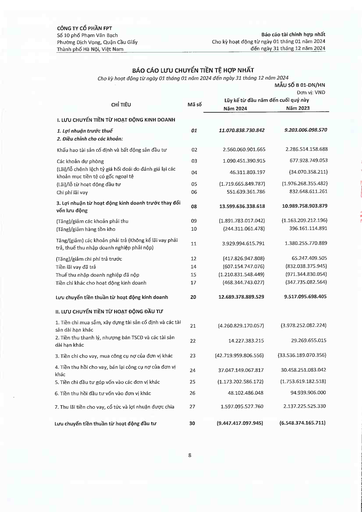
|CHỈ TIÊU|Mã số|Lũy kế từ đầu năm đến Năm 2024|Đơn vị: VND cuối quý này Năm 2023| |---|---|---|---| |I. LƯU CHUYỂN TIỀN TỪ HOẠT ĐỘNG KINH DOANH|||| |1. Lợi nhuận trước thuế|01|11.070.838.730.842|9.203.006.098.570| |2. Điều chỉnh cho các khoản:|||| |Khấu hao tài sản cố định và bất động sản đầu tư|02|2.560.060.901.665|2.286.514.158.688| |Các khoản dự phòng|03|1.090.451.390.915|677.928.749.053| |(Lãi)/lỗ chênh lệch tỷ giá hối đoái do đánh giá lại các khoản mục tiền tệ có gốc ngoại tệ|04|46.311.803.197|-34.070.358.211| |(Lãi)/lỗ từ hoạt động đầu tư|05|-1.719.665.849.787|-1.976.268.355.482| |Chi phí lãi vay|06|551.639.361.786|832.648.611.261| |3. Lợi nhuận từ hoạt động kinh doanh trước thay đổi vốn lưu động|08|13.599.636.338.618|10.989.758.903.879| |(Tăng)/giảm các khoản phải thu|09|-1.891.783.017.042|-1.163.209.212.196| |(Tăng)/giảm hàng tồn kho|10|-244.311.061.478|396.161.114.891| |Tăng/(giảm) các khoản phải trả (Không kể lãi vay phải trả, thuế thu nhập doanh nghiệp phải nộp)|11|3.929.994.615.791|1.380.255.770.889| |(Tăng)/giảm chi phí trả trước|12|-417.826.947.808|65.247.409.505| |Tiền lãi vay đã trả|14|-607.154.747.076|-832.038.375.945| |Thuế thu nhập doanh nghiệp đã nộp|15|-1.210.831.548.449|-971.344.830.054| |Tiền chi khác cho hoạt động kinh doanh|17|-468.344.743.027|-347.735.082.564| |Lưu chuyển tiền thuần từ hoạt động kinh doanh|20|12.689.378.889.529|9.517.095.698.405| |II. LƯU CHUYỂN TIỀN TỪ HOẠT ĐỘNG ĐẦU TƯ|||| |1. Tiền chi mua sắm, xây dựng tài sản cố định và các tài sản dài hạn khác|21|-4.260.829.170.057|-3.978.252.082.224| |2. Tiền thu thanh lý, nhượng bán TSCĐ và các tài sản dài hạn khác|22|14.227.383.215|29.269.655.015| |3. Tiền chi cho vay, mua công cụ nợ của đơn vị khác|23|-42.719.959.806.556|-33.536.189.070.356| |4. Tiền thu hồi cho vay, bán lại công cụ nợ của đơn vị khác|24|37.047.149.067.817|30.458.251.083.042| |5. Tiền chi đầu tư góp vốn vào các đơn vị khác|25|-1.173.202.586.172|-1.753.619.182.518| |6. Tiền thu hồi đầu tư vốn vào đơn vị khác|26|48.102.486.048|94.939.906.000| |7. Thu lãi tiền cho vay, cổ tức và lợi nhuận được chia|27|1.597.095.527.760|2.137.225.525.330| |Lưu chuyển tiền thuần từ hoạt động đầu tư|30|-9.447.417.097.945|-6.548.374.165.711|